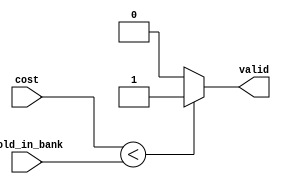
//checks if the cost of a card is less than the available money
module cost_check(
	input [4:0] gold_in_bank,
	input [3:0] cost,
	output reg valid
	);

	always @(cost, gold_in_bank) begin
		if (cost < gold_in_bank) valid = 1; 
		else valid = 0;
	end

endmodule